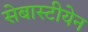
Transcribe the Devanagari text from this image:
सेबास्टीयेन